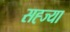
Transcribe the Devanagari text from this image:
सह्ज्या